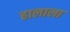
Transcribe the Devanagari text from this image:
हालाला